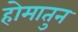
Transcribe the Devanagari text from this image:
होमातुन